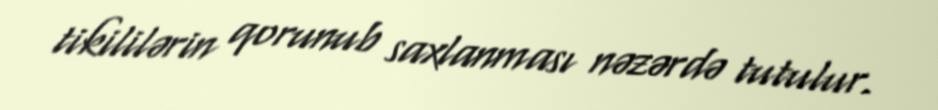
tikililərin qorunub saxlanması nəzərdə tutulur.